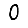
Digit: 0